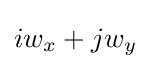
iw_{x}+jw_{y}